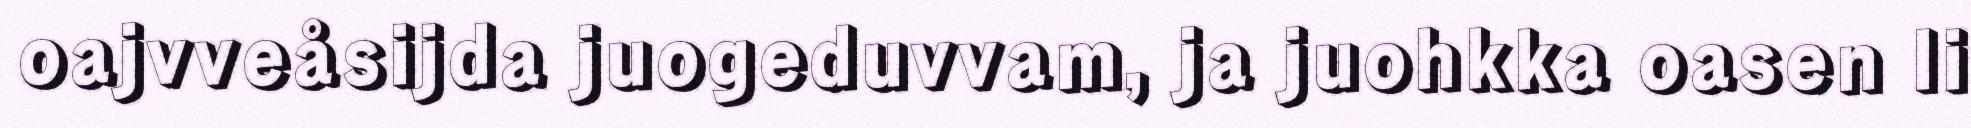
oajvveåsijda juogeduvvam, ja juohkka oasen li